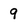
Character: 9